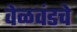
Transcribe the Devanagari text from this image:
वेळवंडचे